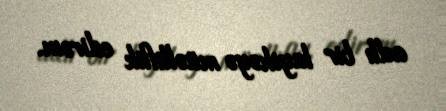
adlı bir layihəyə müəlliflik edirəm.